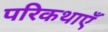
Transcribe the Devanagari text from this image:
परिकथाएँ